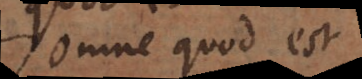
omne quod est